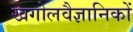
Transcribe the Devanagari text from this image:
खगोलवैज्ञानिकों